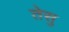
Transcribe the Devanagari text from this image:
तेसु